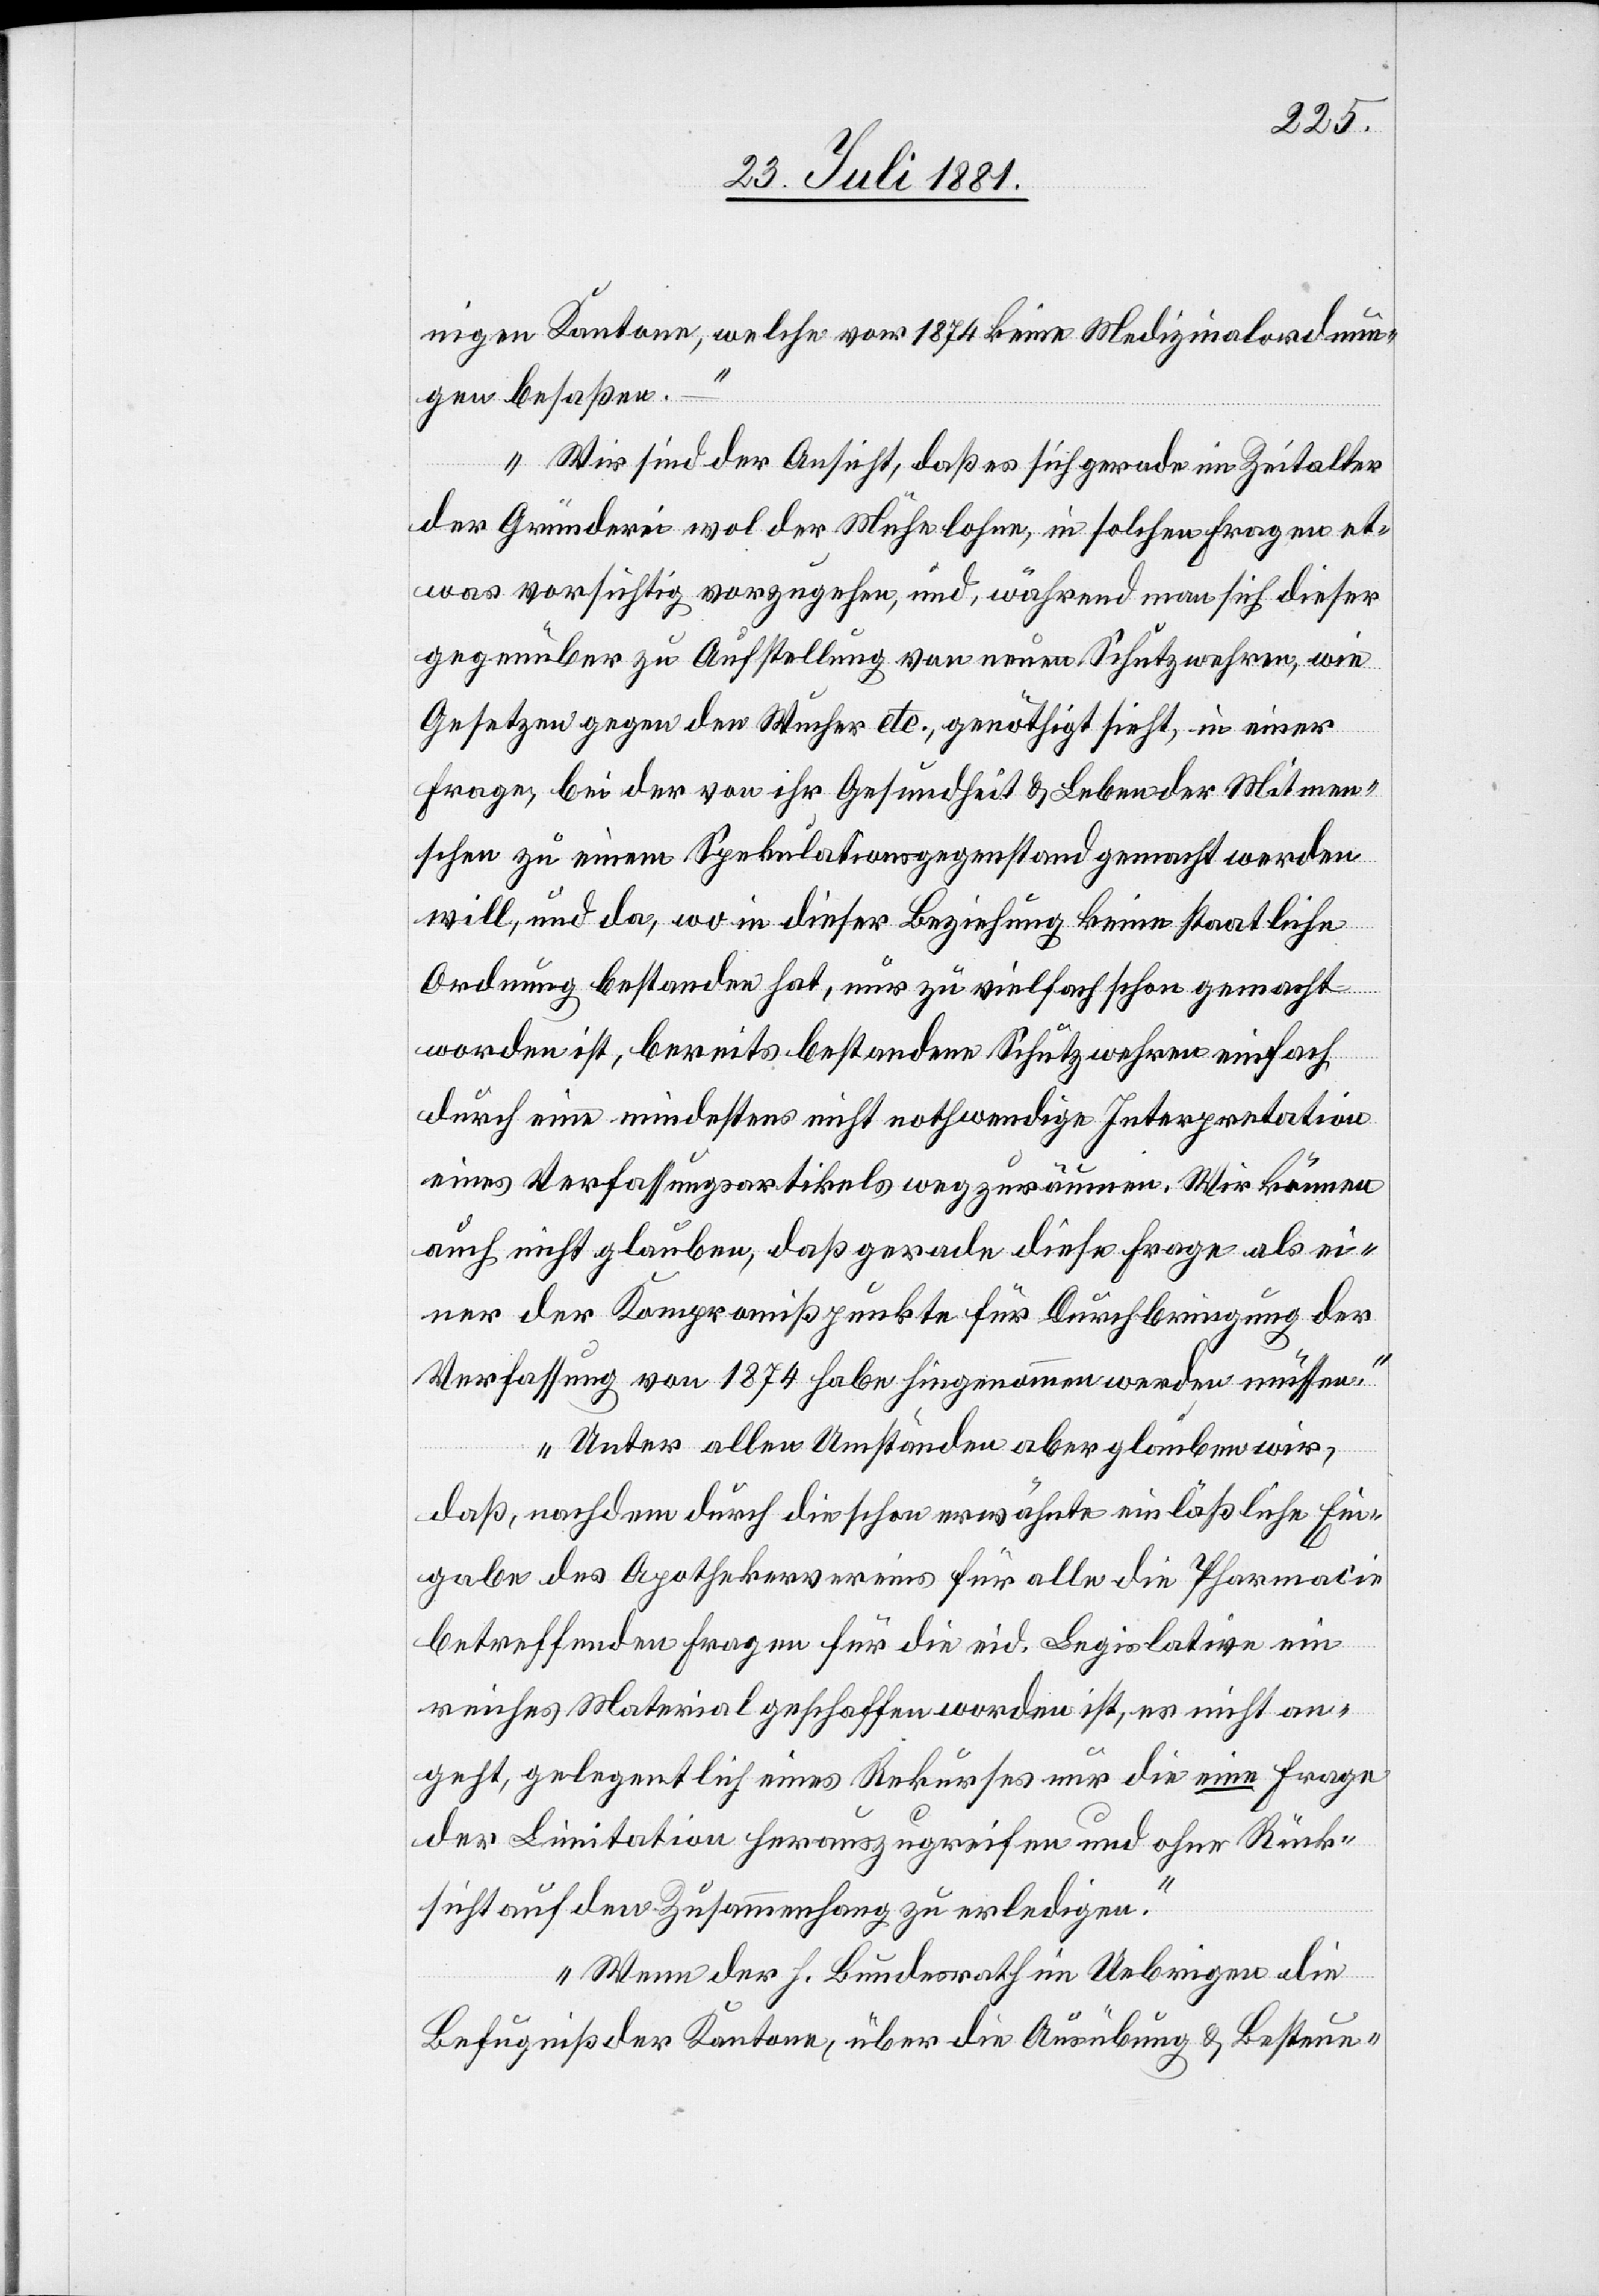
nigen Kantone, welche vor 1874 keine Medizinalordnun¬
Schutzwehren einfach
gen besaßen.
Wir sind der Ansicht, daß es sich gerade im Zeitalter
der Gründerei wol der Mühe lohne, in solchen Fragen et¬
was vorsichtig vorzugehen, und, während man sich dieser
gegenüber zu Aufstellung von neuen Schutzwehren, wie
Gesetze gegen den Wucher etc., genöthigt sieht, in einer
Frage, bei der von ihr Gesundheit & Leben der Mitmen¬
schen zu einem Spekulationsgegenstand gemacht worden
durch eine mindestens nicht nothwendige Interpretation
eines Verfassungsartikels wegzuräumen. Wir können
auch nicht glauben, daß gerade diese Frage als ei¬
ner der Kompromißpunkte für Durchbringung der
Verfassung von 1874 habe hingenommen werden müssen.
Unter allen Umständen aber glauben wir,
daß nachdem durch die schon erwähnte einläßliche Ein¬
gabe des Apothekervereins für alle die Pharmacie
betreffenden Fragen für die eid. Legislative ein
reiches Material geschaffen worden ist, es nicht an¬
geht, gelegentlich eines Rekurses nur die eine Frage
der Limitation herauszugreifen und ohne Rück¬
sicht auf den Zusammenhang zu erledigen.
Wenn der h. Bundesrath im Uebrigen die
Befugniß der Kantone, über die Ausübung & Besteue-